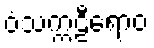
ဝံသက္ကဠီရောဝ